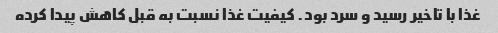
غذا با تاخیر رسید و سرد بود. کیفیت غذا نسبت به قبل کاهش پیدا کرده